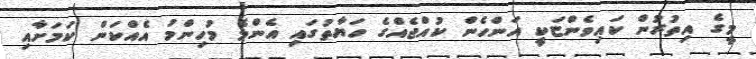
މީގެ އިތުރުން ކައިވެންޏަކީ އަންހެން ކުއްޖެއްގެ ހަޔާތުގައި އެންމެ މުހިންމު އެއްކަން ކަމަށާއި